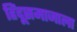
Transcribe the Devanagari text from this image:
हिंदूसमाजाला